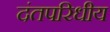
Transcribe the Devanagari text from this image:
दंतपरिधीय